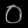
Digit: ၀